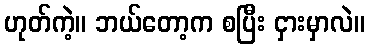
ဟုတ်ကဲ့။ ဘယ်တော့က စပြီး ငှားမှာလဲ။